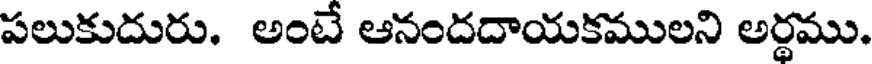
పలుకుదురు. అంటే ఆనందదాయకములని అర్థము.